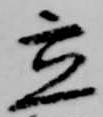
立